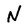
Character: N